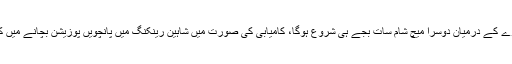
قذافی اسٹیڈٖیم کے باہر سیکورٹی کے سخت انتظامات کیلئے جارہے ہیں، پاکستان اور زمبابوے کے درمیان دوسرا میچ شام سات بجے ہی شروع ہوگا، کامیابی کی صورت میں شاہین رینکنگ میں پانچویں پوزیشن بچانے میں کامیاب ہوجائیں گے، ناکامی ہوئی تو قومی ٹیم تنزلی کے بعد ساتویں نمبر پر پہنچ جائے گی۔